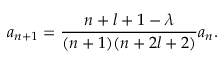
a _ { n + 1 } = \frac { n + l + 1 - \lambda } { ( n + 1 ) ( n + 2 l + 2 ) } a _ { n } .